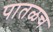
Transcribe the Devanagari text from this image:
पातळच